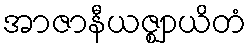
အာဇာနီယဇ္ဈာယိတံ